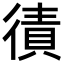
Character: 㣱